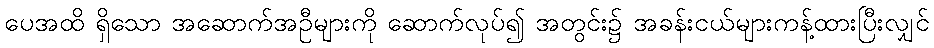
ပေအထိ ရှိသော အဆောက်အဦများကို ဆောက်လုပ်၍ အတွင်း၌ အခန်းငယ်များကန့်ထားပြီးလျှင်